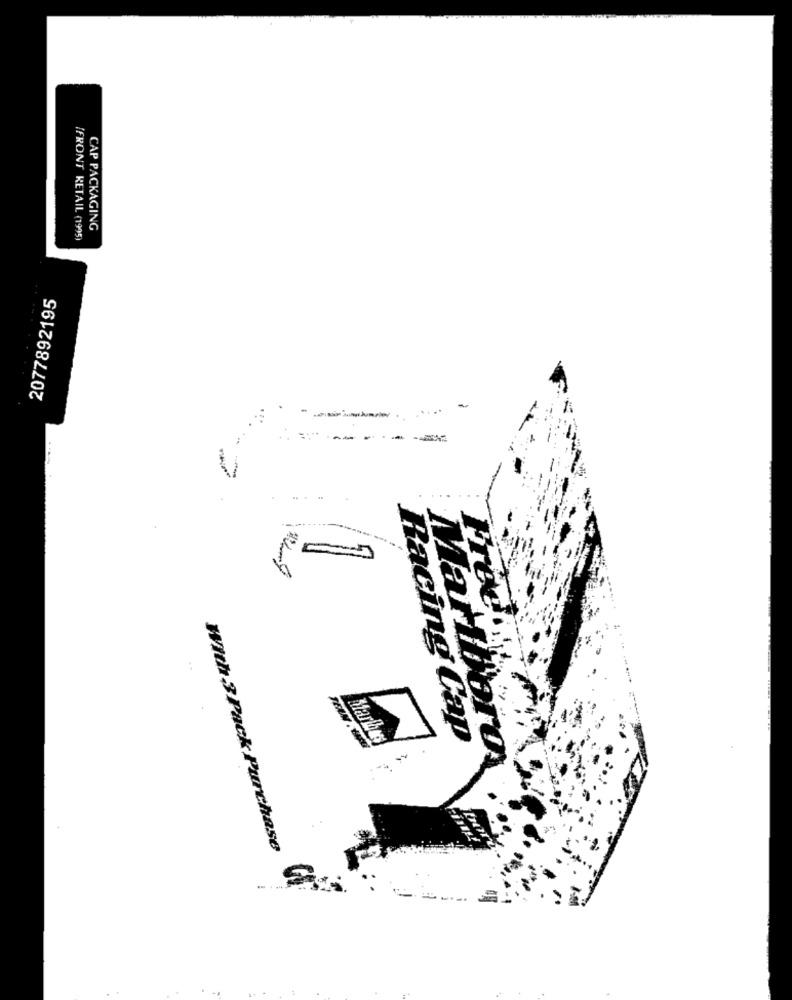
CAP PACKAGING
FRONT RETAIL (1995)
2077892195
---
-----
-
Free!
..
Racing Cap
MaMBore
With 3 Pack Purchase